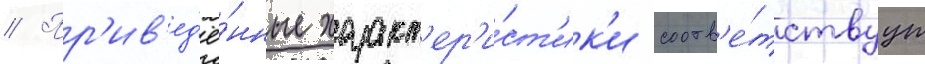
// Пр'ив'ед'ё́нные характ'ер'и́ст'ик'и соотв'е́тствуут